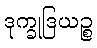
ဒုက္ခုဒြယဉ္စ